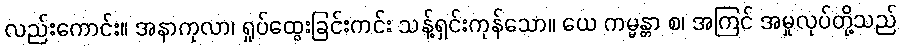
လည်းကောင်း။ အနာကုလာ၊ ရှုပ်ထွေးခြင်းကင်း သန့်ရှင်းကုန်သော။ ယေ ကမ္မန္တာ စ၊ အကြင် အမှုလုပ်တို့သည်